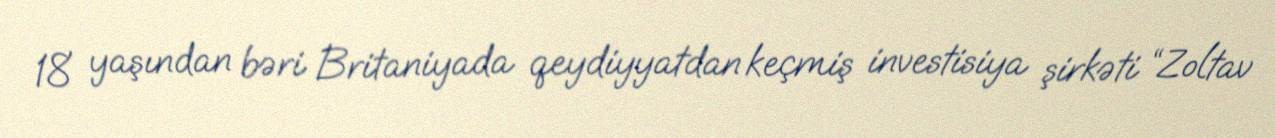
18 yaşından bəri Britaniyada qeydiyyatdan keçmiş investisiya şirkəti “Zoltav